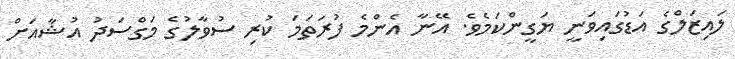
ލައިޒަލްގެ އަޑުގައިވަނީ ޔަގީންކަމެވެ. އޭނާ އެންމެ ފުރަތަމަ ކުރި ސުވާލުގެ މަގްސަދު އުޝާއަށް